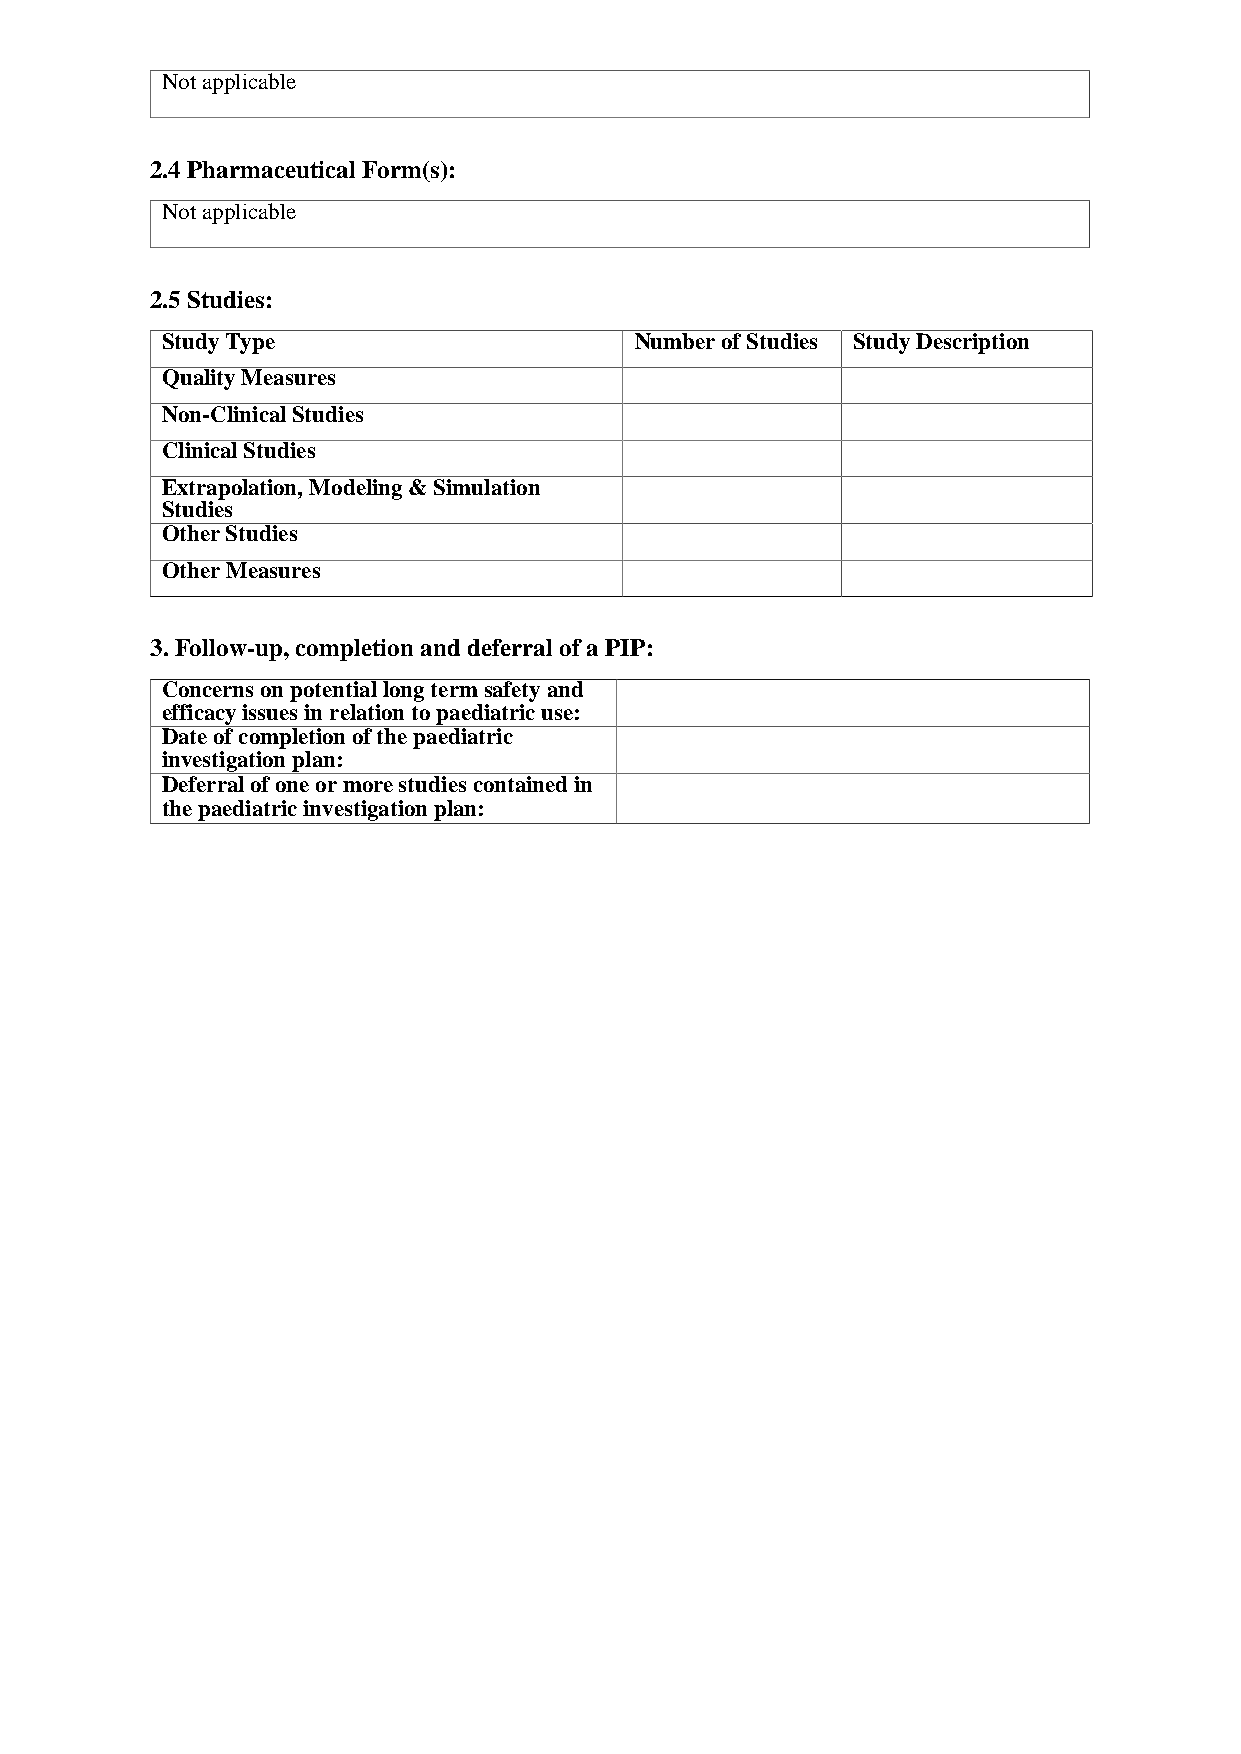
Not applicable
 2.4 Pharmaceutical Form(s):
 Not applicable
 2.5 Studies:
 Study Type                     Number of Studies Study Description
 Quality Measures
 Non-Clinical Studies
 Clinical Studies
 Extrapolation, Modeling & Simulation
 Studies
 Other Studies
 Other Measures
 3. Follow-up, completion and deferral of a PIP:
 Concerns on potential long term safety and
 efficacy issues in relation to paediatric use:
 Date of completion of the paediatric
 investigation plan:
 Deferral of one or more studies contained in
 the paediatric investigation plan: